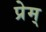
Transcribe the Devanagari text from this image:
प्रेम्